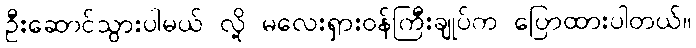
ဦးဆောင်သွားပါမယ် လို့ မလေးရှားဝန်ကြီးချုပ်က ပြောထားပါတယ်။